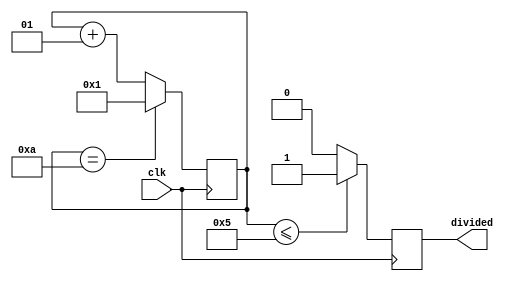
`ifndef MODULE_CLOCKDIVIDER
`define MODULE_CLOCKDIVIDER
`timescale 1ns / 1ps
//////////////////////////////////////////////////////////////////////////////////
// Company: 
// Engineer: 
// 
// Design Name: 
// Module Name: clockDivider
// Project Name: 
// Target Devices: 
// Tool Versions: 
// Description: 
// 
// Dependencies: 
// 
// Revision:
// Revision 0.01 - File Created
// Additional Comments:
// 
//////////////////////////////////////////////////////////////////////////////////


module clockDivider(clk, divided);
    input clk;
    output reg divided;
    parameter ratio = 10;
    integer now = 1;

    initial begin
        divided = 1'b0;
    end

    always @(posedge clk) begin
        if (now <= ratio / 2) divided = 1;
        else divided = 0;
        if (now == ratio) now = 1;
        else now = now + 1;
    end

endmodule

`endif